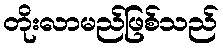
တိုးလာမည်ဖြစ်သည်